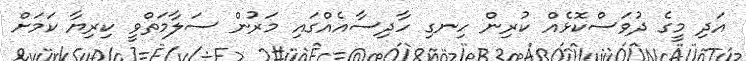
އަދި މީގެ ދުވަސްކޮޅެއް ކުރިން ހިނގި ހާދިސާއެއްގައި މަރުން ސަލާމަތްވީ ކިރިޔާ ކަމަށް